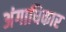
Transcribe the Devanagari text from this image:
अंगाधिकार